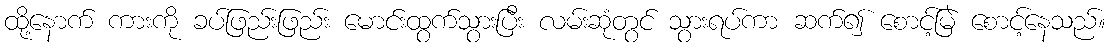
ထို့နောက် ကားကို ခပ်ဖြည်းဖြည်း မောင်းထွက်သွားပြီး လမ်းဆုံတွင် သွားရပ်ကာ ဆက်၍ စောင့်မြဲ စောင့်နေသည်။